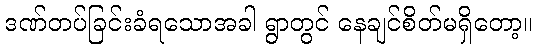
ဒဏ်တပ်ခြင်းခံရသောအခါ ရွာတွင် နေချင်စိတ်မရှိတော့။